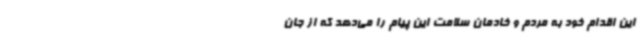
این اقدام خود به مردم و خادمان سلامت این پیام را می‌دهد که از جان